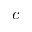
c